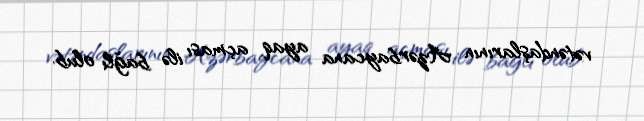
vətəndaşlarının Azərbaycana ayaq açması ilə bağlı olub.